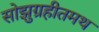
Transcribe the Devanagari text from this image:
सोझुग्रहीतमथ